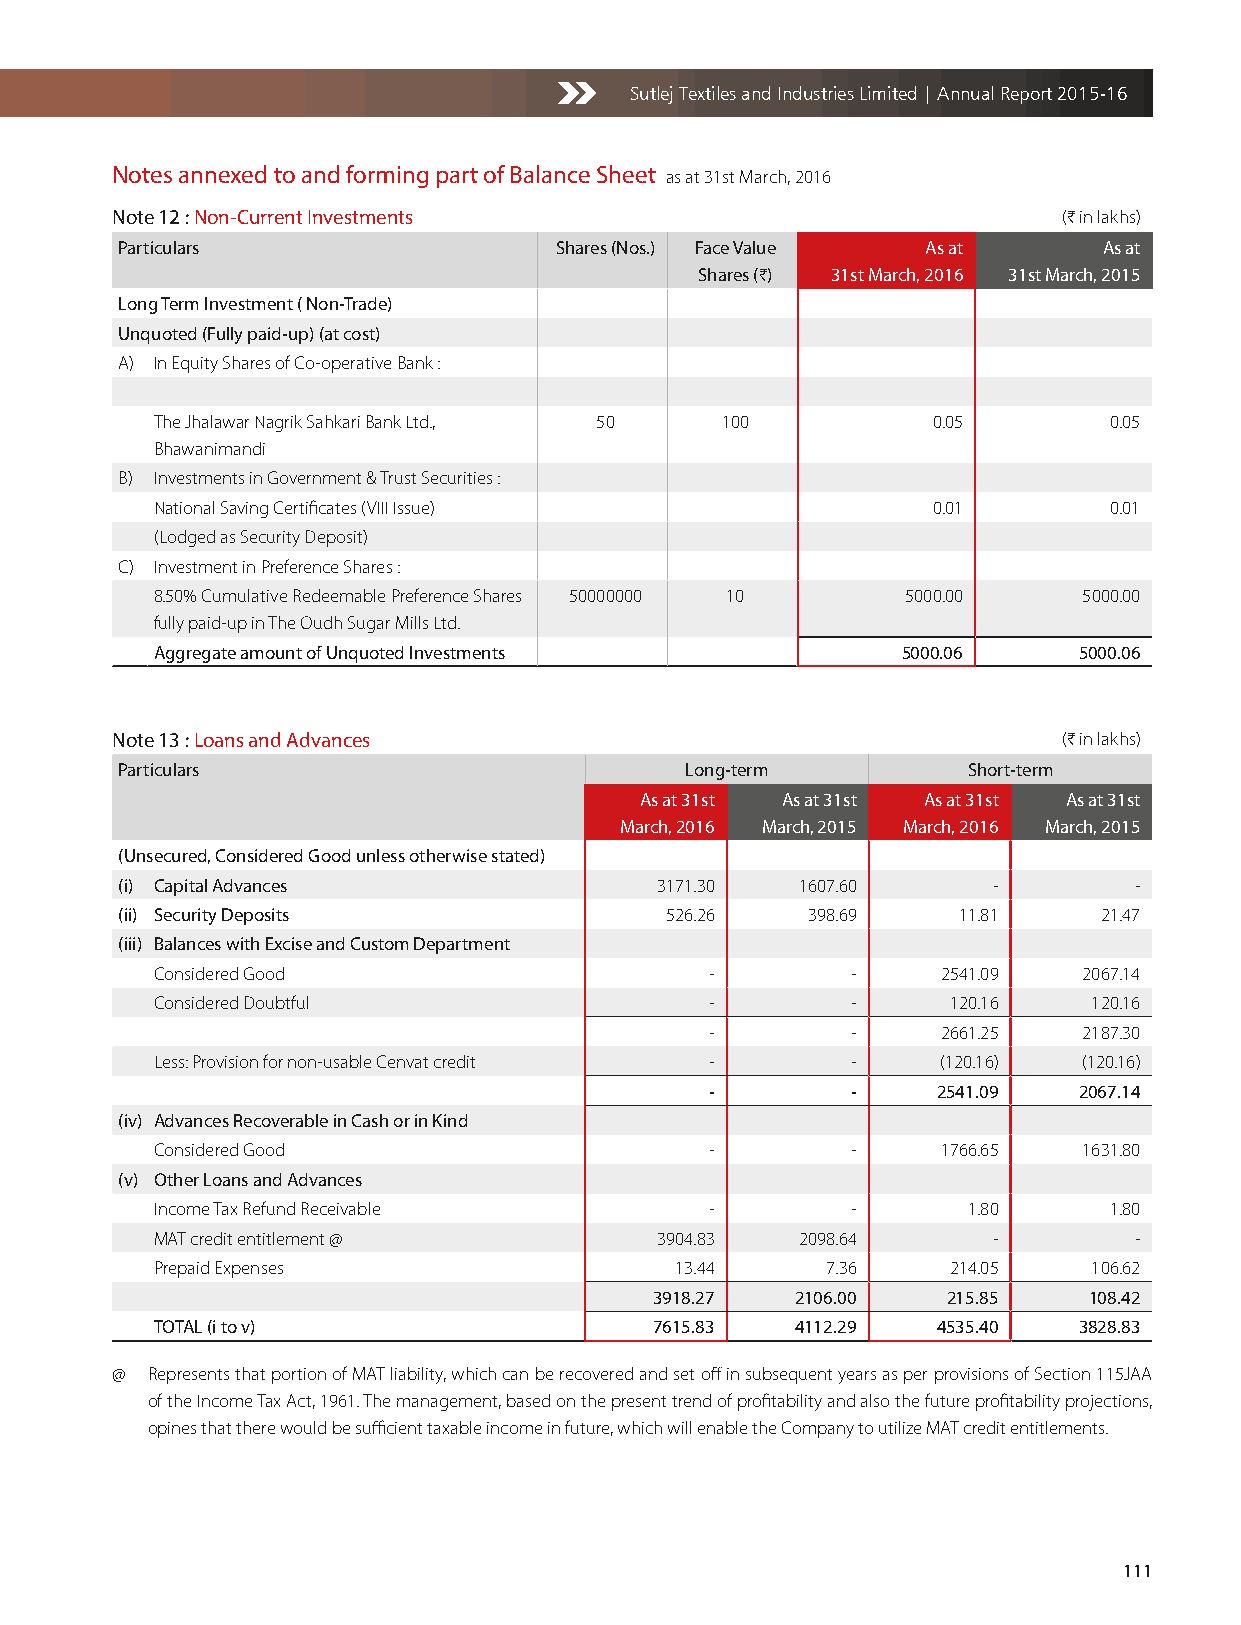
Sutlej Textiles and Industries Limited | Annual Report 2015-16
 Notes annexed to and forming part of Balance Sheet as at 31st March, 2016
 Note 12 : Non-Current Investments                              (H in lakhs)
 Particulars                  Shares (Nos.) Face Value As at      As at
 Shares (H) 31st March, 2016 31st March, 2015
 Long Term Investment ( Non-Trade)
 Unquoted (Fully paid-up) (at cost)
 A) In Equity Shares of Co-operative Bank :
 The Jhalawar Nagrik Sahkari Bank Ltd., 50 100       0.05       0.05
 Bhawanimandi
 B) Investments in Government & Trust Securities :
 National Saving Certificates (VIII Issue)           0.01       0.01
 (Lodged as Security Deposit)
 C) Investment in Preference Shares :
 8.50% Cumulative Redeemable Preference Shares 50000000 10 5000.00 5000.00
 fully paid-up in The Oudh Sugar Mills Ltd.
 Aggregate amount of Unquoted Investments          5000.06    5000.06
 Note 13 : Loans and Advances                                   (H in lakhs)
 Particulars                          Long-term          Short-term
 As at 31st As at 31st As at 31st As at 31st
 March, 2016 March, 2015 March, 2016 March, 2015
 (Unsecured, Considered Good unless otherwise stated)
 (i) Capital Advances               3171.30   1607.60      -        -
 (ii) Security Deposits              526.26   398.69    11.81     21.47
 (iii) Balances with Excise and Custom Department
 Considered Good                      -        -     2541.09   2067.14
 Considered Doubtful                  -        -      120.16   120.16
 -        -     2661.25   2187.30
 Less: Provision for non-usable Cenvat credit - -    (120.16)  (120.16)
 -        -     2541.09  2067.14
 (iv) Advances Recoverable in Cash or in Kind
 Considered Good                      -        -     1766.65   1631.80
 (v) Other Loans and Advances
 Income Tax Refund Receivable         -        -       1.80     1.80
 MAT credit entitlement @         3904.83   2098.64      -        -
 Prepaid Expenses                   13.44     7.36    214.05   106.62
 3918.27   2106.00   215.85   108.42
 TOTAL (i to v)                   7615.83   4112.29  4535.40  3828.83
 @  Represents that portion of MAT liability, which can be recovered and set off in subsequent years as per provisions of Section 115JAA
 of the Income Tax Act, 1961. The management, based on the present trend of profitability and also the future profitability projections,
 opines that there would be sufficient taxable income in future, which will enable the Company to utilize MAT credit entitlements.
 111